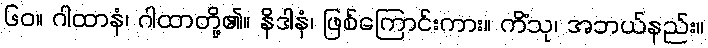
၆၀။ ဂါထာနံ၊ ဂါထာတို့၏။ နိဒါနံ၊ ဖြစ်ကြောင်းကား။ ကိံသု၊ အဘယ်နည်း။